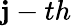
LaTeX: \mathbf{j}-th